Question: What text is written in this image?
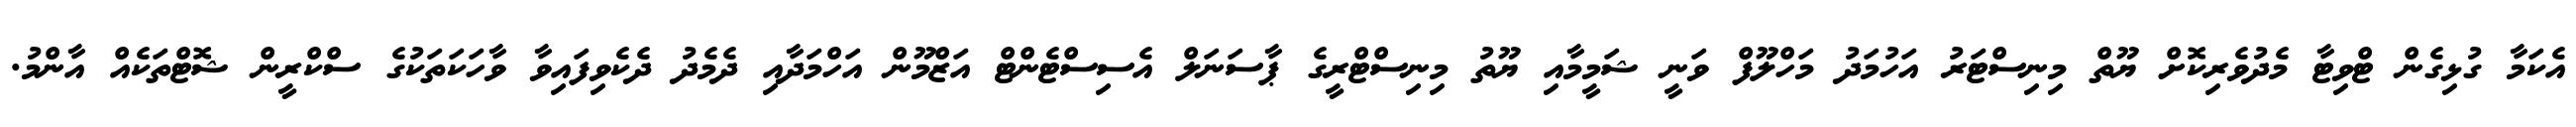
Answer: އެކަމާ ގުޅިގެން ޓްވިޓާ މެދުވެރިކޮށް ޔޫތް މިނިސްޓަރު އަހުމަދު މަހްލޫފް ވަނީ ޝަމީމާއި ޔޫތު މިނިސްޓްރީގެ ޕާސަނަލް އެސިސްޓެންޓް އަޒްމޫން އަހްމަދާއި ދެމެދު ދެކެވިފައިވާ ވާހަކަތަކުގެ ސްކްރީން ޝޮޓްތަކެއް އާންމު.